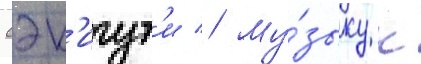
сэк'игут'и // Му́зыку к